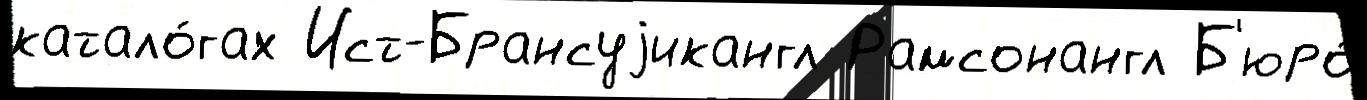
катало́гах Ист-Брансуjикангл Рамсонангл Б'юро́